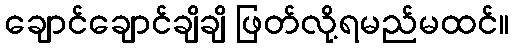
ချောင်ချောင်ချိချိ ဖြတ်လို့ရမည်မထင်။